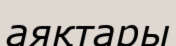
аяқтары